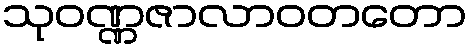
သုဝဏ္ဏဇာလာဝတတော